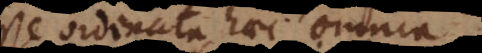
esse ordinata haec omnia